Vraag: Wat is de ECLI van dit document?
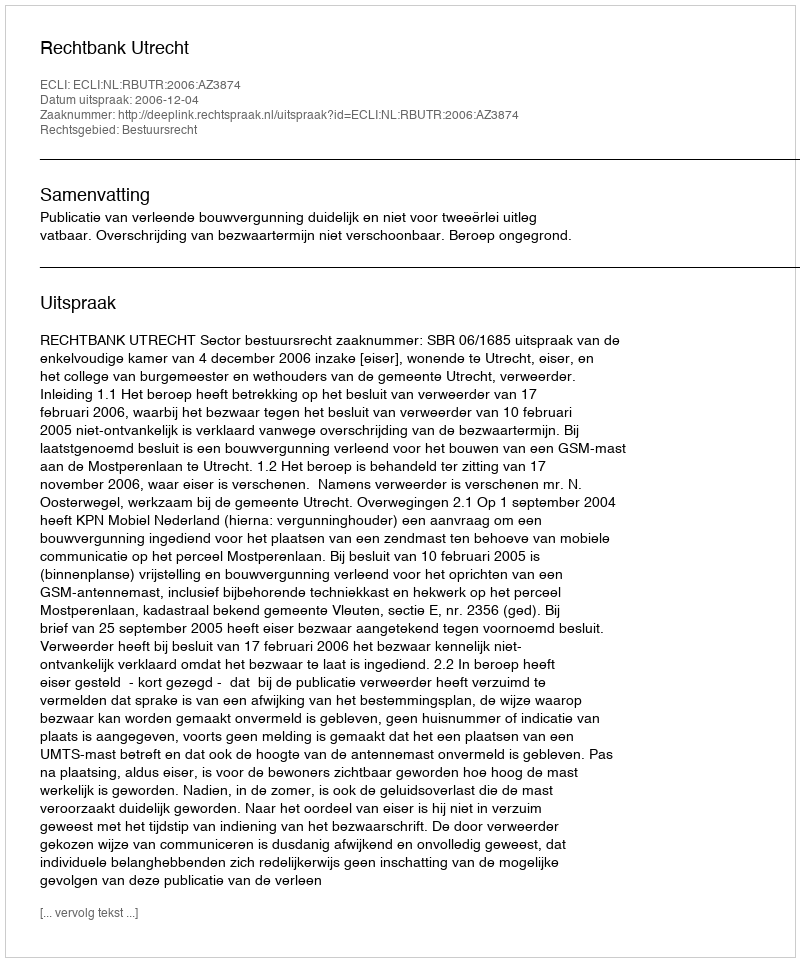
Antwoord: ECLI:NL:RBUTR:2006:AZ3874